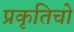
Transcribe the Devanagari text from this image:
प्रकृतिचो